Report of the veterinary officer investigating camel disease
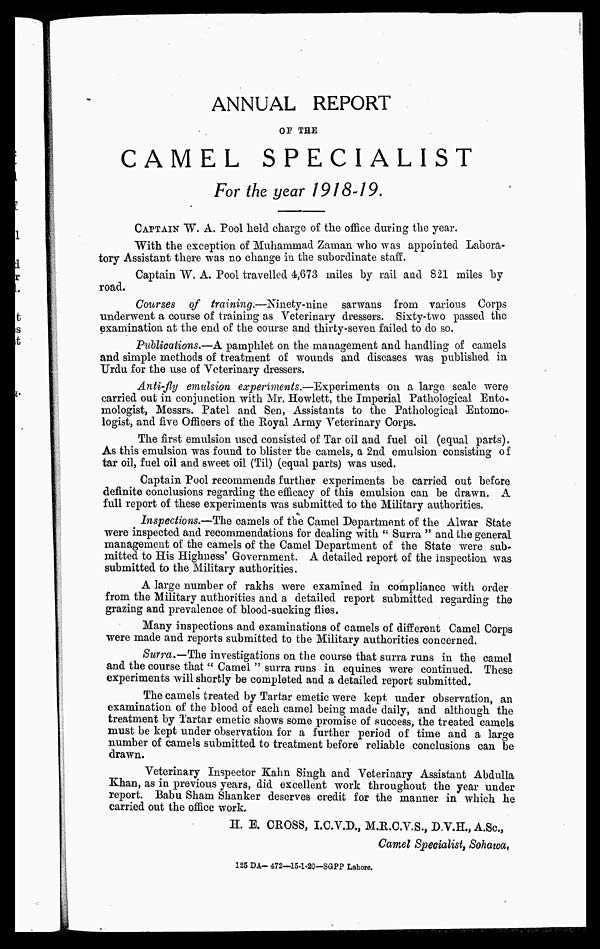
ANNUAL REPORT
OF THE
CAMEL SPECIALIST
For the year 1918-19.
CAPTAIN W. A. Pool held charge of the office during the year.
With the exception of Muhammad Zaman who was appointed Labora-
tory Assistant there was no change in the subordinate staff.
Captain W, A. Pool travelled 4,673 miles by rail and 821 miles by
road.
Courses of training.—Ninety-nine
sarwans from various Corps
underwent a course of training as Veterinary dressers. Sixty-two passed the
examination at the end of the course and thirty-seven failed to do so.
Publications.—A. pamphlet on the management and handling of caniejs
and simple methods of treatment of wounds and diseases was published in
Urdu for the use of Veterinary dressers.
Anti-fly emulsion experiments.—Experiments on a large scale were
carried out in conjunction with Mr. Howlett, the Imperial Pathological Ento-
mologist, Messrs. Patel and Sen, Assistants to the Pathological Entomo-
logist, and five Officers of the Royal Army Veterinary Corps.
The first emulsion used consisted of Tar oil and fuel oil (equal parts).
As this emulsion was found to blister the camels, a 2nd emulsion consisting of
tar oil, fuel oil and sweet oil (Til) (equal parts) was used.
Captain Pool recommends further experiments be carried out before
definite conclusions regarding the efficacy of this emulsion can be drawn. A
full report of these experiments was submitted to the Military authorities.
Inspections.—The camels of the Camel Department of the Alwar State
were inspected and recommendations for dealing with " Surra " and the general
management of the camels of the Camel Department of the State were sub-
mitted to His Highness' Government. A detailed report of the inspection was
submitted to the Military authorities.
A large number of rakhs were examined in compliance with order
from the Military authorities and a detailed report submitted regarding the
grazing and prevalence of blood-sucking flies.
Many inspections and examinations of camels of different Camel Corps
were made and reports submitted to the Military authorities concerned.
Surra.—The investigations on the course that surra runs in the camel
and the course that " Camel " surra runs in equines were continued. These
experiments will shortly be completed and a detailed report submitted.
The camels treated by Tartar emetic were kept under observation, an
examination of the blood of each camel being made daily, and although the
treatment by Tartar emetic shows some promise of success, the treated camels
must be kept under observation for a further period of time and a large
number of camels submitted to treatment before reliable conclusions can be
drawn.
Veterinary Inspector Kahn Singh and Veterinary Assistant Abdulla
Khan, as in previous years, did excellent work throughout the year under
report. Babu Sham Shanker deserves credit for the manner in which he
carried out the office work.
H. E. CEOSS, I.C.V.D., M.E.C.V.S., D.V.H., A.Sc,
Camel Specialist, Sohawa,
125 DA- 472—15-1.20—SGPP Lahore.